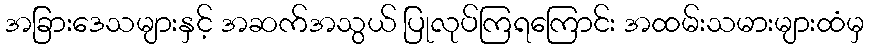
အခြားဒေသများနှင့် အဆက်အသွယ် ပြုလုပ်ကြရကြောင်း အထမ်းသမားများထံမှ